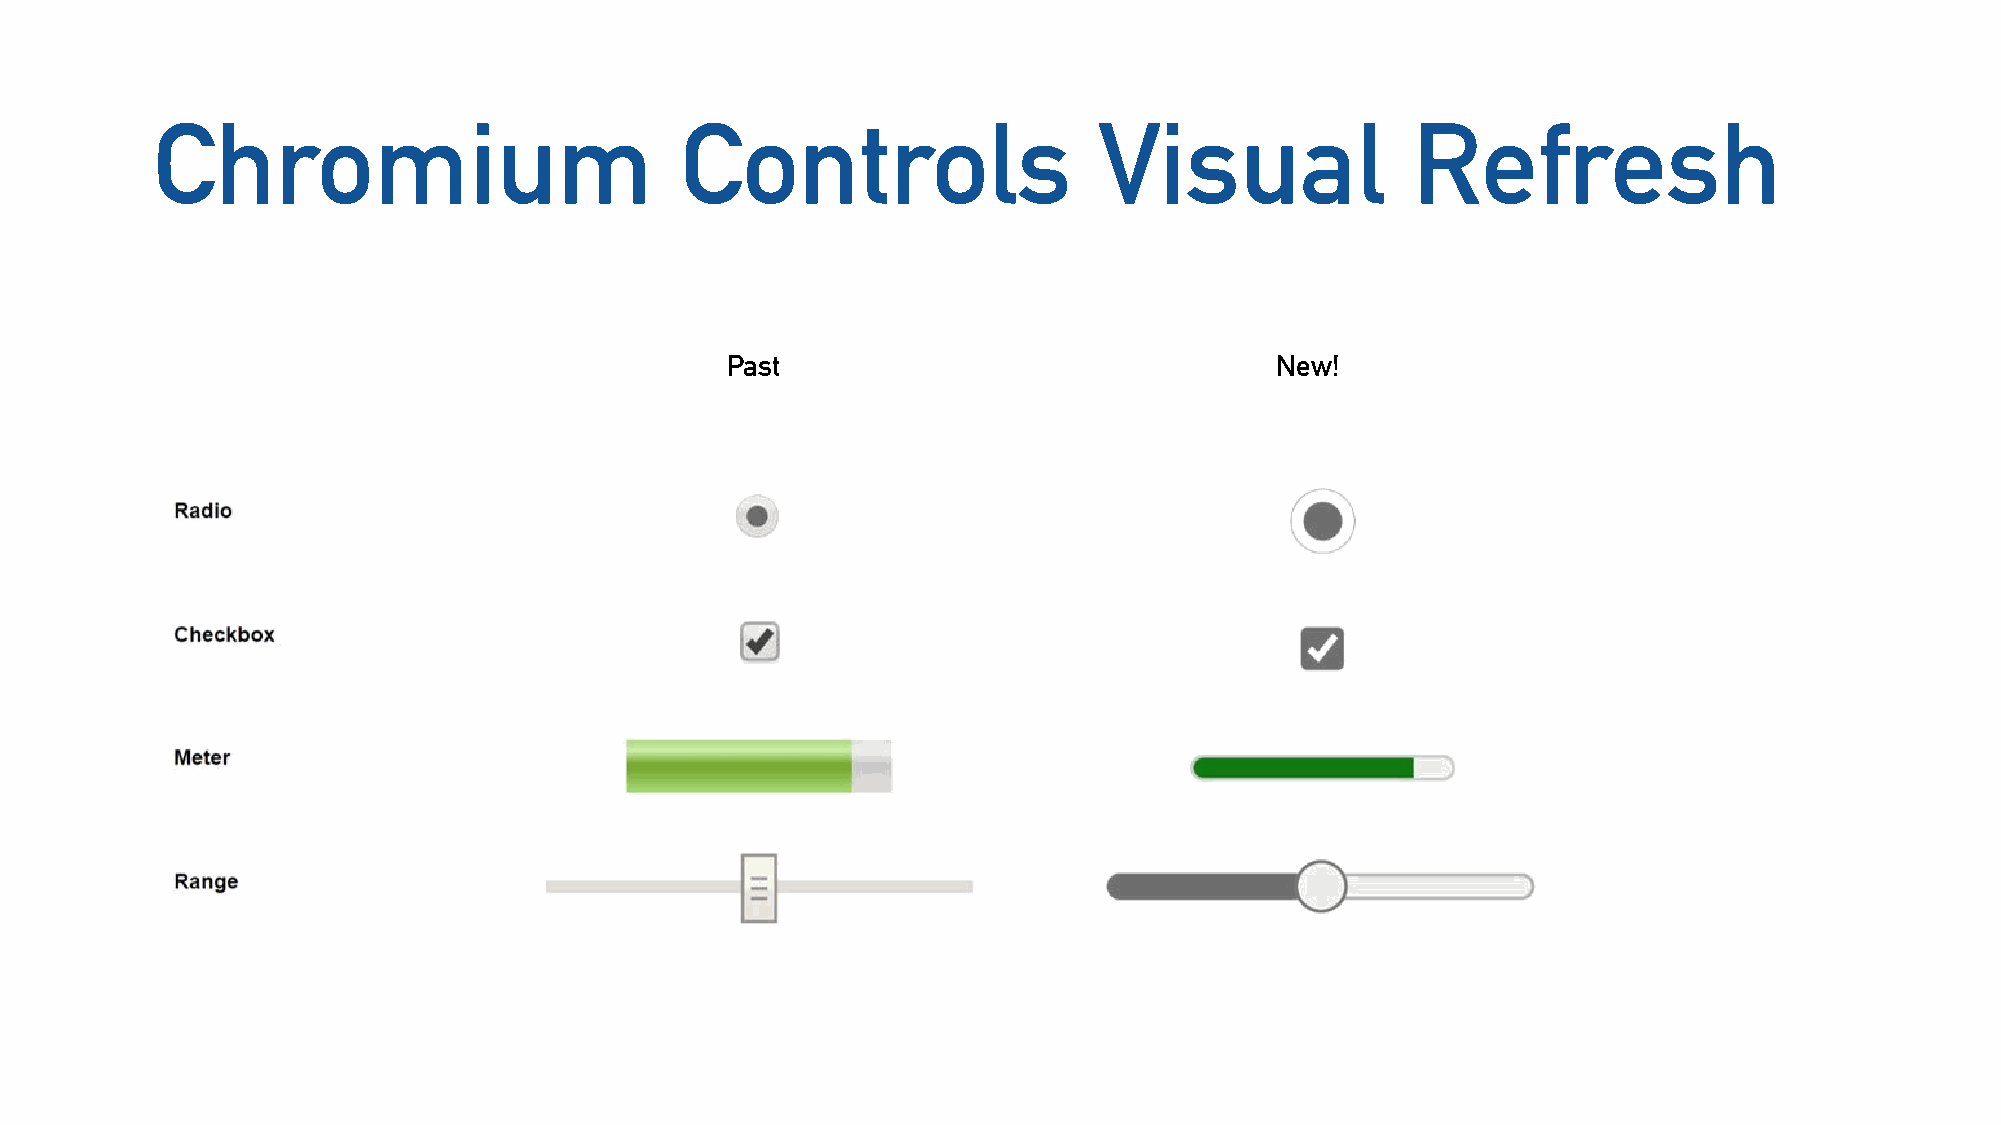
Chromium                           Controls                    Visual              Refresh
 Past                                New!